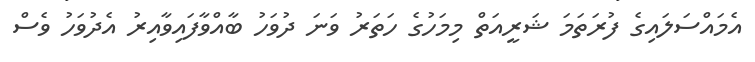
އެމައްސަލައިގެ ފުރަތަމަ ޝަރީއަތް މިމަހުގެ ހަތަރު ވަނަ ދުވަހު ބާއްވާފައިވާއިރު އެދުވަހު ވެސް